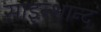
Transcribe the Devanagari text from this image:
साइन्शान्द